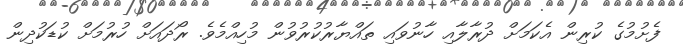
ފެށުމުގެ ކުރިން އެކަމަށް ދުރާލާއި ހާނުވައި ތައްޔާރުކުރުވުން މުހިއްމެވެ. ރޯދައަށް ހުރުމަށް ކުޑަކުދިން